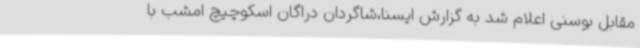
مقابل بوسنی اعلام شد به گزارش ایسنا،شاگردان دراگان اسکوچیچ امشب با